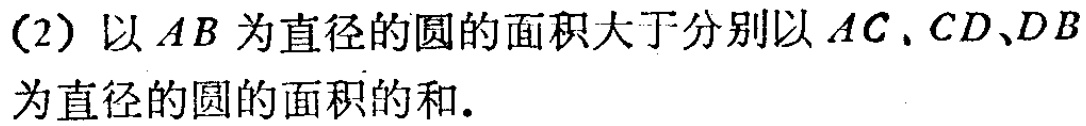
(2) 以 \(AB\) 为直径的圆的面积大于分别以 \(AC\)、\(CD\)、\(DB\) 为直径的圆的面积的和.